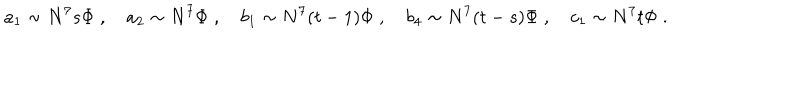
LaTeX: a _ { 1 } \sim N ^ { 7 } s \Phi \; , \quad a _ { 2 } \sim N ^ { 7 } \Phi \; , \quad b _ { 1 } \sim N ^ { 7 } ( t - 1 ) \Phi \; , \quad b _ { 4 } \sim N ^ { 7 } ( t - s ) \Phi \; , \quad c _ { 1 } \sim N ^ { 7 } t \Phi \; .